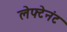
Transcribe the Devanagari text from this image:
लेफ्टेनंट